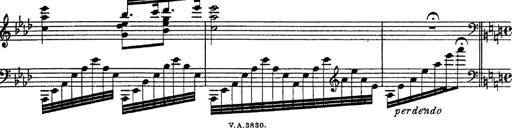
Title: Fantasie Ã¼ber Themen aus Mozarts Figaro und Don Giovanni
Composer: Franz Liszt